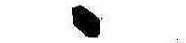
ゝ